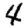
Digit: 4